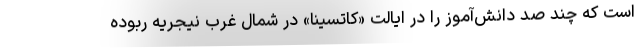
است که چند صد دانش‌آموز را در ایالت «کاتسینا» در شمال غرب نیجریه ربوده